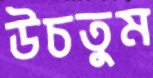
উচতুম